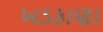
ખડકાણા